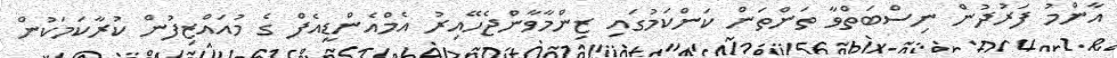
އާންމު ފަރުދުން ނިސްބަތްވާ ތަންތަން ކަންކަމުގައި ޒިންމާވާންޖެހޭއިރު އެމްއެންޑީއެފް ގެ މުއައްޒިފުން ކުރާކަމަކުން